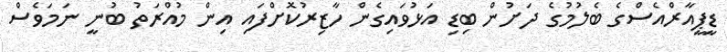
ޑީޕީއާރްއެސްގެ ބެލުމުގެ ދަށުން ބިޑި އަޅުވައިގެން ހާޒިރުކޮށްފައި އިން މުއްރަތު ބުނީ ނަމަވެސް